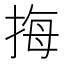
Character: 挴